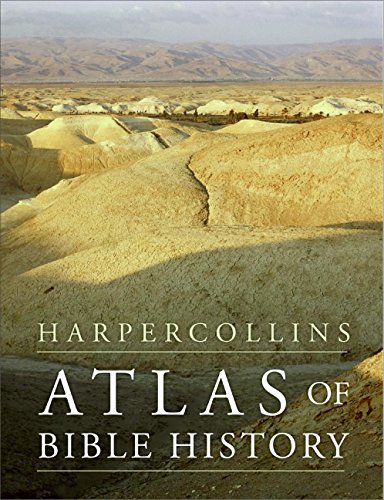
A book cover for HarperCollins Atlas of Bible History; Zondervan; Christian Books & Bibles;